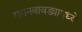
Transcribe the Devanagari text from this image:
गगनबावड्यामध्ये